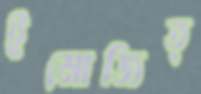
ইমোজিত্